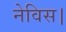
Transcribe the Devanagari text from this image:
नेविस।